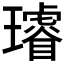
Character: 𤪻